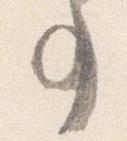
事